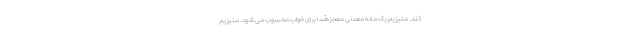
کند. منیزیم یک ماده معدنی معجزه‌آسا برای خواب محسوب می شود. منیزیم